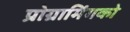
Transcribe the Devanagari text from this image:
प्रोग्रामिंगको